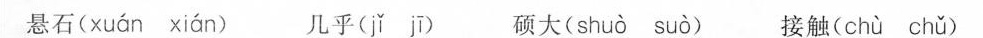
悬石( xuán xián )几乎( jǐ jī )硕大( shu ò suó )接触( chù chǔ )